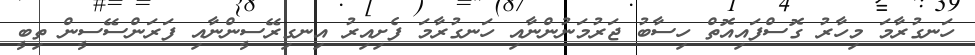
ހަނގުރާމަ މިހާރު ގޮސްފައިއޮތް ހިސާބު ޖަރުމަނުންނާއި ހަނގުރާމަ ފެށިއިރު އިނގިރޭސީންނާއި ފަރަންސޭސީން ތިބީ